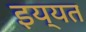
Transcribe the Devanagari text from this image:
इय्यत